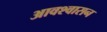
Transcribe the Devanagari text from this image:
आवश्‍वासन